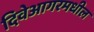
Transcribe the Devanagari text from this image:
दिवेआगरमधील